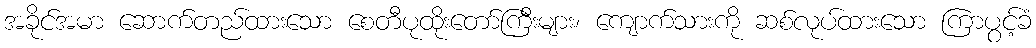
အခိုင်အမာ ဆောက်တည်ထားသော စေတီပုထိုးတော်ကြီးများ၊ ကျောက်သားကို ဆစ်လုပ်ထားသော ကြာပွင့်ခံ